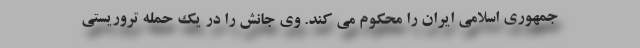
جمهوری اسلامی ایران را محکوم می کند. وی جانش را در یک حمله تروریستی